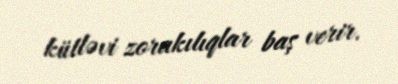
kütləvi zorakılıqlar baş verir.